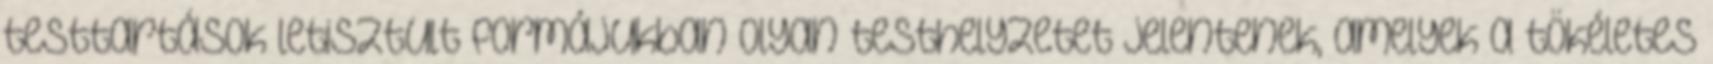
testtartások letisztult formájukban olyan testhelyzetet jelentenek, amelyek a tökéletes